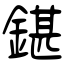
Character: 鍖